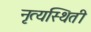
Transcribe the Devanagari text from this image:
नृत्यस्थिती